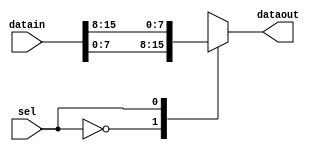
// (C) 2001-2016 Intel Corporation. All rights reserved.
// Your use of Intel Corporation's design tools, logic functions and other 
// software and tools, and its AMPP partner logic functions, and any output 
// files any of the foregoing (including device programming or simulation 
// files), and any associated documentation or information are expressly subject 
// to the terms and conditions of the Intel Program License Subscription 
// Agreement, Intel MegaCore Function License Agreement, or other applicable 
// license agreement, including, without limitation, that your use is for the 
// sole purpose of programming logic devices manufactured by Intel and sold by 
// Intel or its authorized distributors.  Please refer to the applicable 
// agreement for further details.


`timescale 1 ps / 1 ps

module rw_manager_datamux(datain, sel, dataout);
	parameter DATA_WIDTH = 8;
	parameter SELECT_WIDTH = 1;
	parameter NUMBER_OF_CHANNELS = 2;

	input [NUMBER_OF_CHANNELS * DATA_WIDTH - 1 : 0] datain;
	input [SELECT_WIDTH - 1 : 0] sel;
	output [DATA_WIDTH - 1 : 0] dataout;

	wire [DATA_WIDTH - 1 : 0] vectorized_data [0 : NUMBER_OF_CHANNELS - 1];

	assign dataout = vectorized_data[sel];

	genvar c;
	generate
		for(c = 0 ; c < NUMBER_OF_CHANNELS ; c = c + 1) 
		begin : channel_iterator
			assign vectorized_data[c] = datain[(c + 1) * DATA_WIDTH - 1 : c * DATA_WIDTH];
		end
	endgenerate
	
`ifdef ADD_UNIPHY_SIM_SVA
	assert property (@datain NUMBER_OF_CHANNELS == 2**SELECT_WIDTH) else
	    $error("%t, [DATAMUX ASSERT] NUMBER_OF_CHANNELS PARAMETER is incorrect, NUMBER_OF_CHANNELS = %d, 2**SELECT_WIDTH = %d", $time, NUMBER_OF_CHANNELS, 2**SELECT_WIDTH);
`endif

endmodule